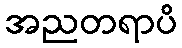
အညတရာပိ